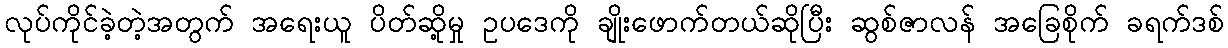
လုပ်ကိုင်ခဲ့တဲ့အတွက် အရေးယူ ပိတ်ဆို့မှု ဥပဒေကို ချိုးဖောက်တယ်ဆိုပြီး ဆွစ်ဇာလန် အခြေစိုက် ခရက်ဒစ်